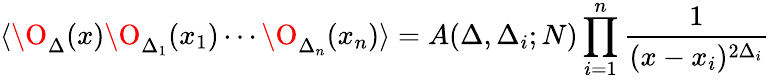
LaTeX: \langle\O_{\Delta}(x)\O_{\Delta_{1}}(x_{1})\cdots\O_{\Delta_{n}}(x_{n})\rangle=A(\Delta,\Delta_{i};N)\prod_{i=1}^{n}{\frac{1}{(x-x_{i})^{2\Delta_{i}}}}